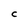
Character: c